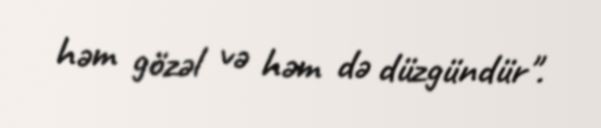
həm gözəl və həm də düzgündür".